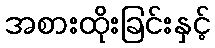
အစားထိုးခြင်းနှင့်